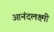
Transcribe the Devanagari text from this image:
आनंदलक्ष्मी